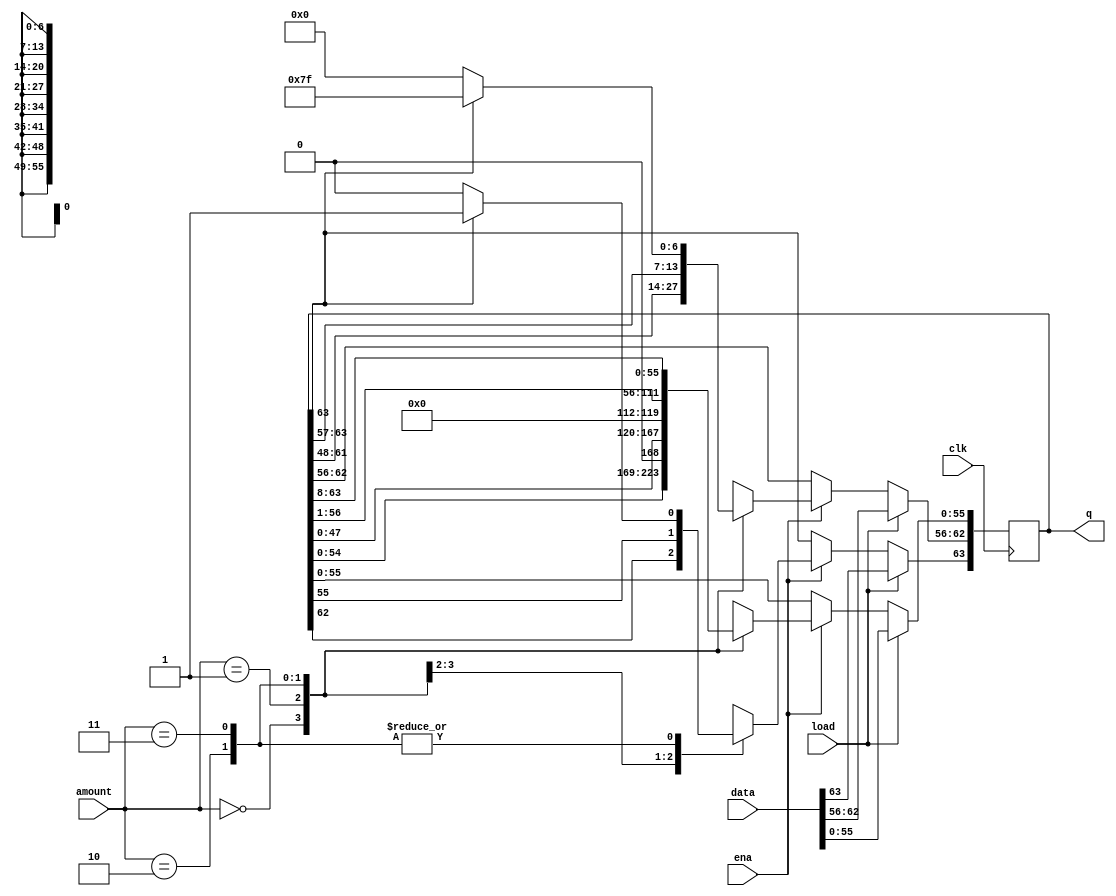
module top_module(
    input clk,
    input load,
    input ena,
    input [1:0] amount,
    input [63:0] data,
    output reg [63:0] q); 
    
    always @(posedge clk) begin
        if(load)
            q <= data;
        else if(ena) begin
            case(amount)
                2'b00 : q <= q << 1;
                2'b01 : q <= q << 8;
                2'b10 : begin
                    q <= q >> 1;
                    if(q[63])
                        q[63] <= 1;
                end
                2'b11 : begin
                    q <= q >> 8;
                    if(q[63])
                        q[63:56] <= {8{1'b1}};
                end
                default: q <= q;
            endcase
        end
        else
            q <= q;
    end

endmodule